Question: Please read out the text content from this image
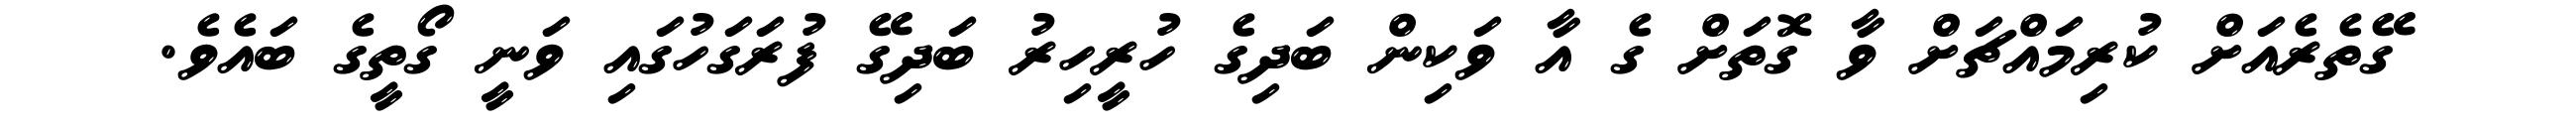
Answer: ގޭތެރެއަށް ކުރިމައްޗަށް ވާ ގޮތަށް ގެ އާ ވަކިން ބަދިގެ ހުރީހިރު ބަދިގޭ ފުރަގަހުގައި ވަނީ ގޯތީގެ ބައެވެ.